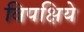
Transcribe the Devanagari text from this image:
विपक्षिये